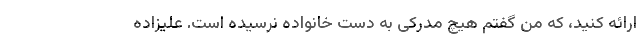
ارائه کنید، که من گفتم هیچ مدرکی به دست خانواده نرسیده است. علیزاده